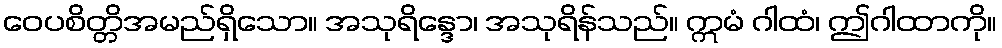
ဝေပစိတ္တိအမည်ရှိသော။ အသုရိန္ဒော၊ အသုရိန်သည်။ ဣမံ ဂါထံ၊ ဤဂါထာကို။